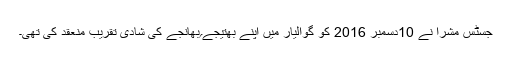
جسٹس مشرا نے 10دسمبر 2016 کو گوالیار میں اپنے بھتیجے؍بھانجے کی شادی تقریب منعقد کی تھی۔